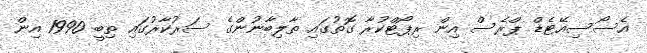
އެސޯސިއޭޓެޑް ޕްރެސް އިން ރިޕޯޓްކުރާ ގޮތުގައި ތާލިބާނުންގެ ސަރުކާރުގައި ތިބީ 1990 އިން